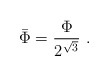
\begin{align*}\bar \Phi = \frac{\Phi}{2^{\sqrt{3}}} \ .\end{align*}